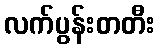
လက်ပွန်းတတီး